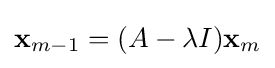
\mathbf {x} _{m-1}=(A-\lambda I)\mathbf {x} _{m}